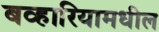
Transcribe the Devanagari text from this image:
बव्हारियामधील